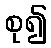
စု၍